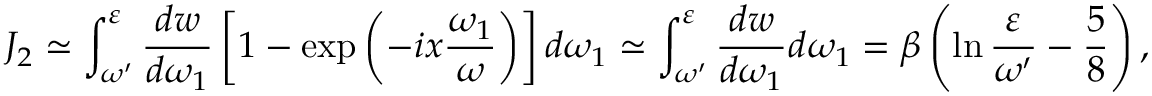
J _ { 2 } \simeq \int _ { \omega ^ { \prime } } ^ { \varepsilon } \frac { d w } { d \omega _ { 1 } } \left[ 1 - \exp \left( - i x \frac { \omega _ { 1 } } { \omega } \right) \right] d \omega _ { 1 } \simeq \int _ { \omega ^ { \prime } } ^ { \varepsilon } \frac { d w } { d \omega _ { 1 } } d \omega _ { 1 } = \beta \left( \ln \frac { \varepsilon } { \omega ^ { \prime } } - \frac { 5 } { 8 } \right) ,